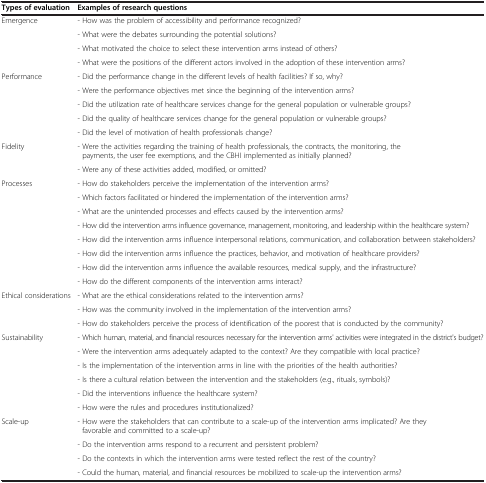
<table><thead><tr><td><b>Types of evaluation</b></td><td><b>Examples of research questions</b></td></tr></thead><tbody><tr><td rowspan="4">Emergence</td><td>- How was the problem of accessibility and performance recognized?</td></tr><tr><td>- What were the debates surrounding the potential solutions?</td></tr><tr><td>- What motivated the choice to select these intervention arms instead of others?</td></tr><tr><td>- What were the positions of the different actors involved in the adoption of these intervention arms?</td></tr><tr><td rowspan="5">Performance</td><td>- Did the performance change in the different levels of health facilities? If so, why?</td></tr><tr><td>- Were the performance objectives met since the beginning of the intervention arms?</td></tr><tr><td>- Did the utilization rate of healthcare services change for the general population or vulnerable groups?</td></tr><tr><td>- Did the quality of healthcare services change for the general population or vulnerable groups?</td></tr><tr><td>- Did the level of motivation of health professionals change?</td></tr><tr><td rowspan="2">Fidelity</td><td>- Were the activities regarding the training of health professionals, the contracts, the monitoring, the payments, the user fee exemptions, and the CBHI implemented as initially planned?</td></tr><tr><td>- Were any of these activities added, modified, or omitted?</td></tr><tr><td rowspan="8">Processes</td><td>- How do stakeholders perceive the implementation of the intervention arms?</td></tr><tr><td>- Which factors facilitated or hindered the implementation of the intervention arms?</td></tr><tr><td>- What are the unintended processes and effects caused by the intervention arms?</td></tr><tr><td>- How did the intervention arms influence governance, management, monitoring, and leadership within the healthcare system?</td></tr><tr><td>- How did the intervention arms influence interpersonal relations, communication, and collaboration between stakeholders?</td></tr><tr><td>- How did the intervention arms influence the practices, behavior, and motivation of healthcare providers?</td></tr><tr><td>- How did the intervention arms influence the available resources, medical supply, and the infrastructure?</td></tr><tr><td>- How do the different components of the intervention arms interact?</td></tr><tr><td rowspan="3">Ethical considerations</td><td>- What are the ethical considerations related to the intervention arms?</td></tr><tr><td>- How was the community involved in the implementation of the intervention arms?</td></tr><tr><td>- How do stakeholders perceive the process of identification of the poorest that is conducted by the community?</td></tr><tr><td rowspan="6">Sustainability</td><td>- Which human, material, and financial resources necessary for the intervention arms&#x27; activities were integrated in the district&#x27;s budget?</td></tr><tr><td>- Were the intervention arms adequately adapted to the context? Are they compatible with local practice?</td></tr><tr><td>- Is the implementation of the intervention arms in line with the priorities of the health authorities?</td></tr><tr><td>- Is there a cultural relation between the intervention and the stakeholders (e.g., rituals, symbols)?</td></tr><tr><td>- Did the interventions influence the healthcare system?</td></tr><tr><td>- How were the rules and procedures institutionalized?</td></tr><tr><td rowspan="4">Scale-up</td><td>- How were the stakeholders that can contribute to a scale-up of the intervention arms implicated? Are they favorable and committed to a scale-up?</td></tr><tr><td>- Do the intervention arms respond to a recurrent and persistent problem?</td></tr><tr><td>- Do the contexts in which the intervention arms were tested reflect the rest of the country?</td></tr><tr><td>- Could the human, material, and financial resources be mobilized to scale-up the intervention arms?</td></tr></tbody></table>